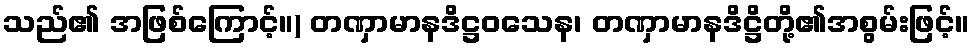
သည်၏ အဖြစ်ကြောင့်။) တဏှာမာနဒိဋ္ဌဝသေန၊ တဏှာမာနဒိဋ္ဌိတို့၏အစွမ်းဖြင့်။